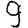
Digit: 9